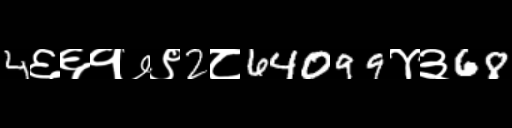
Text: 4६६१७९2८64099४३68